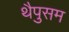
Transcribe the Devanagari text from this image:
थैपुसम